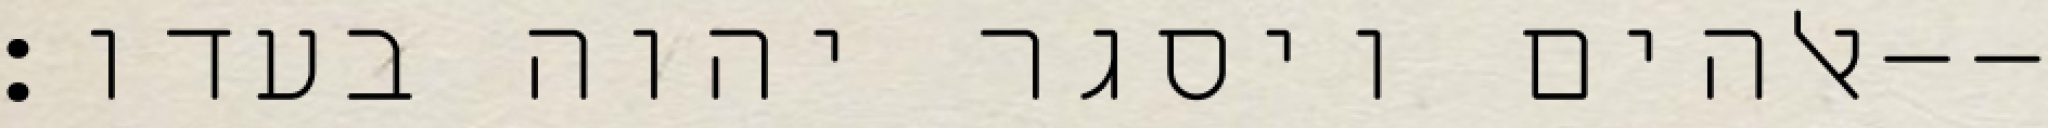
אלהים ויסגר יהוה בעדו׃--